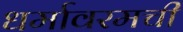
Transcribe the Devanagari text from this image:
धर्मावरमची